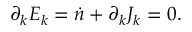
\partial _ { k } E _ { k } = \dot { n } + \partial _ { k } J _ { k } = 0 .